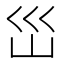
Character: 𭗼